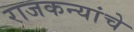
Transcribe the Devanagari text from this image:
राजकन्यांचे